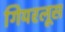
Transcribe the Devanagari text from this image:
गियरलूस